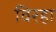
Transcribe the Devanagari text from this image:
विरहा